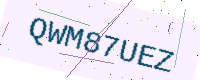
Text: QWM87UEZ